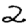
Digit: 2